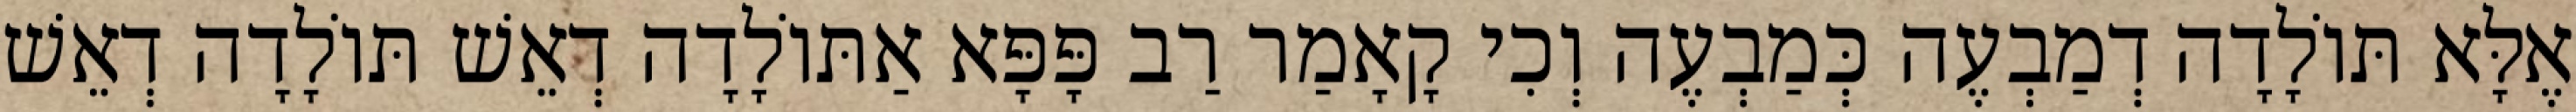
אֶלָּא תּוֹלָדָה דְמַבְעֶה כְּמַבְעֶה וְכִי קָאָמַר רַב פָּפָּא אַתּוֹלָדָה דְאֵשׁ תּוֹלָדָה דְאֵשׁ